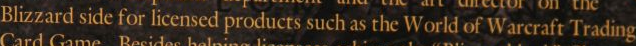
Blizzard side for licensed products such as the World of Warcraft Trading